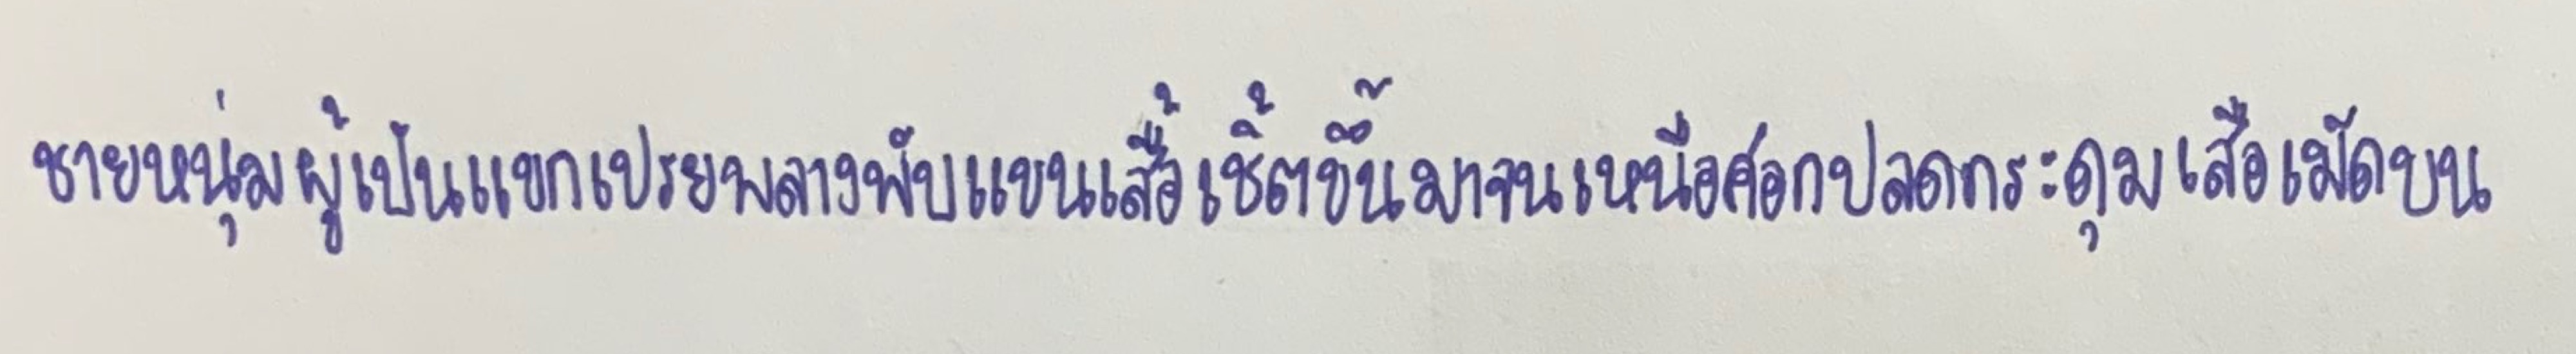
ชายหนุ่มผู้เป็นแขกเปรยพลางพับแขนเสื้อเชิ้ตขึ้นมาจนเหนือศอกปลดกระดุมเสื้อเม็ดบน